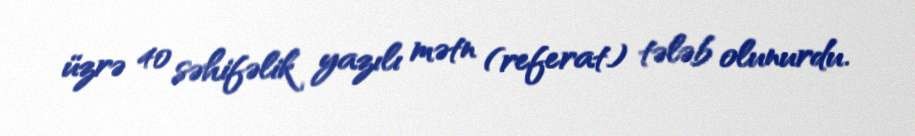
üzrə 40 səhifəlik yazılı mətn (referat) tələb olunurdu.